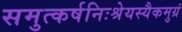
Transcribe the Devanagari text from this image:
समुत्कर्षनिःश्रेयस्यैकमुग्रं